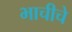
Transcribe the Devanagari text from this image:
भाचीचे